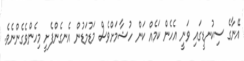
އޭނާގެ ސިކުނޑީގައި ވަނީ އެހެން ކަމެއް ކަން ހުޝާމަށްވެސް މަޑުމަޑުން އެނގެންފެށީ މިހެންވެގެންނެވެ.